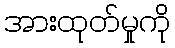
အားထုတ်မှုကို